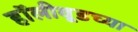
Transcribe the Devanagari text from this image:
हॉलीवूडच्या